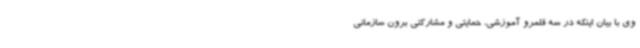
وی با بیان اینکه در سه قلمرو آموزشی، حمایتی و مشارکتی برون سازمانی